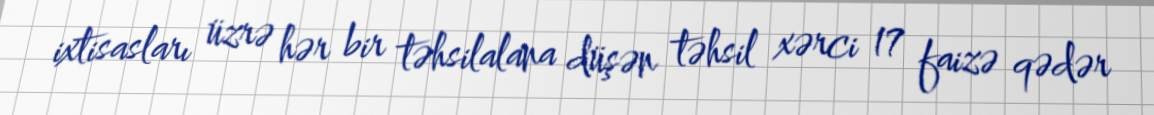
ixtisasları üzrə hər bir təhsilalana düşən təhsil xərci 17 faizə qədər